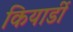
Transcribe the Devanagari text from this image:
कियार्डी